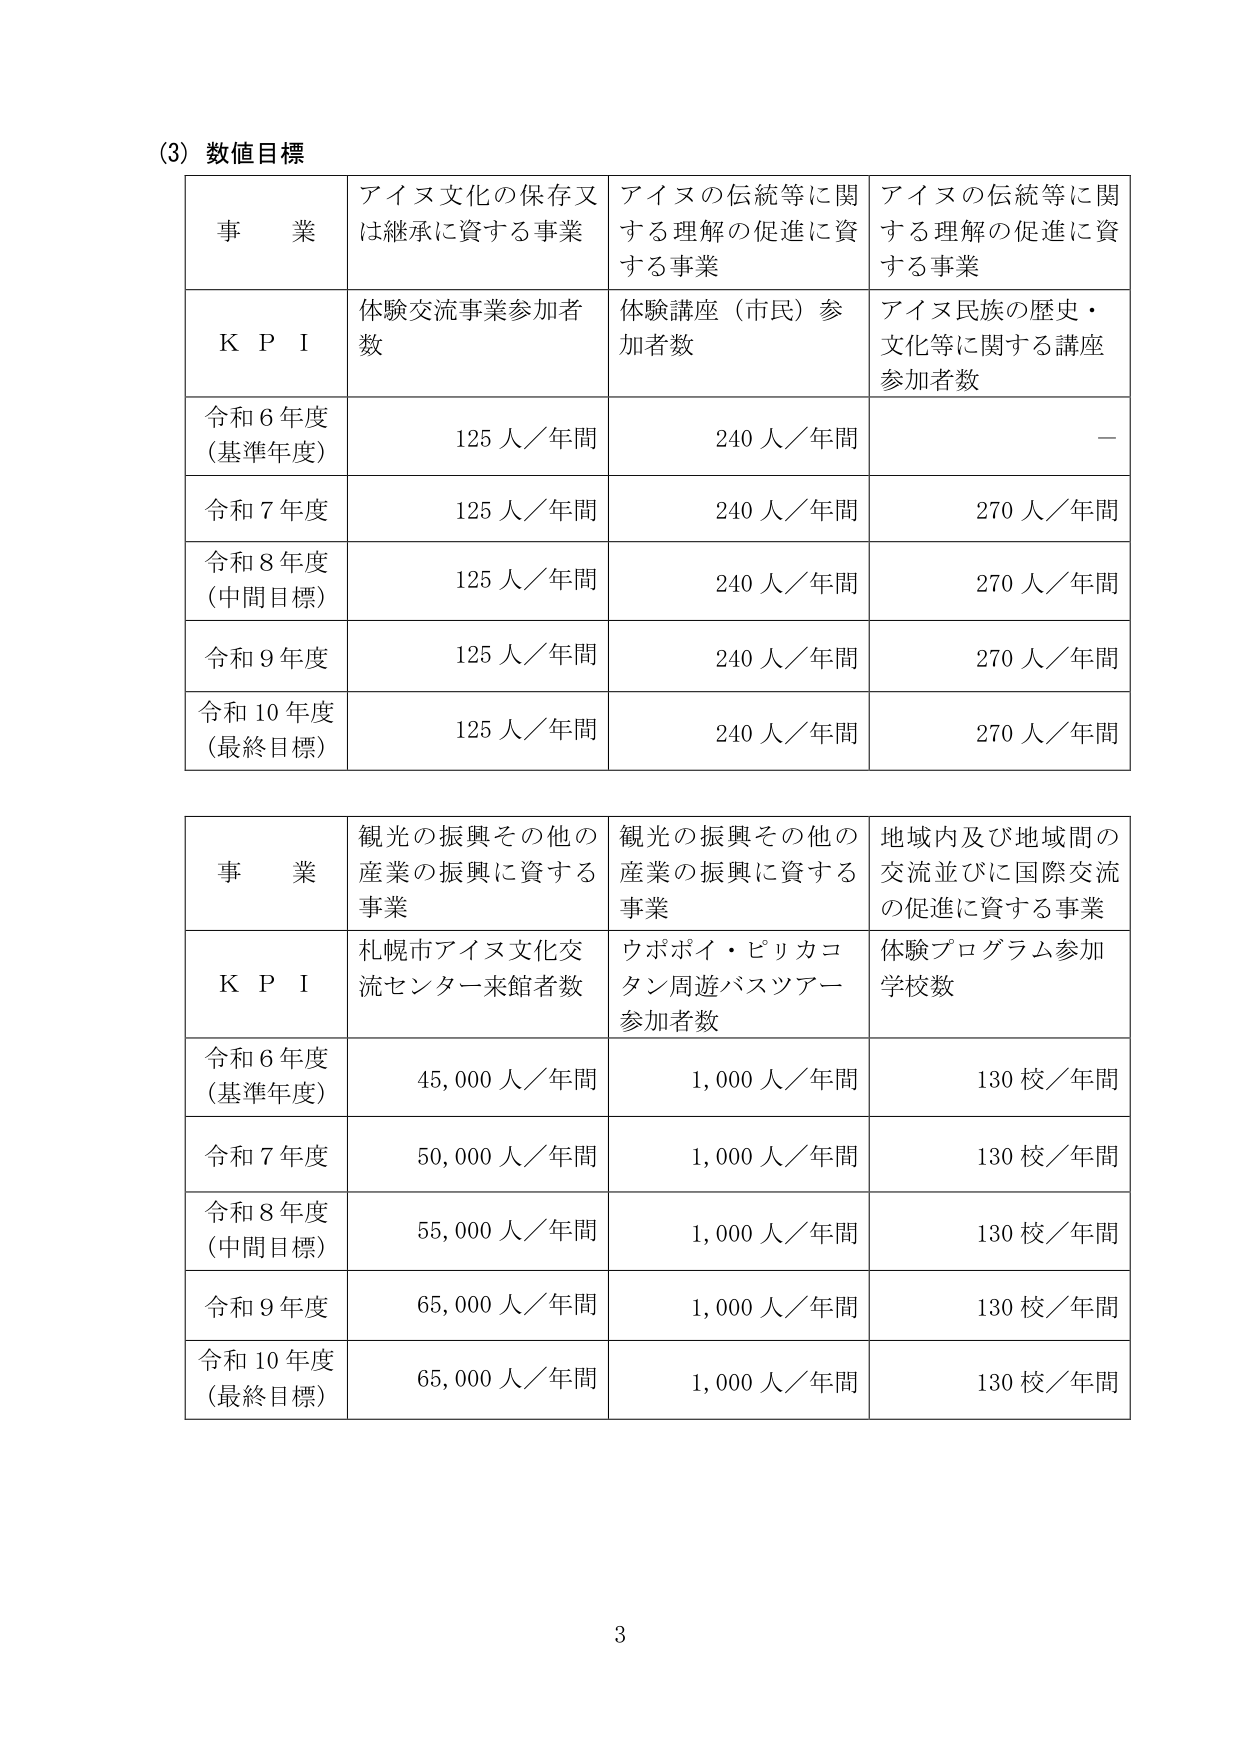
(3) 数値目標

事 業 アイヌ文化の保存又は継承に資する事業 アイヌの伝統等に関する理解の促進に資する事業 アイヌの伝統等に関する理解の促進に資する事業
K P I 体験交流事業参加者数 体験講座（市民）参加者数 アイヌ民族の歴史・文化等に関する講座参加者数
令和6年度（基準年度） 125人／年間 240人／年間 －
令和7年度 125人／年間 240人／年間 270人／年間
令和8年度（中間目標） 125人／年間 240人／年間 270人／年間
令和9年度 125人／年間 240人／年間 270人／年間
令和10年度（最終目標） 125人／年間 240人／年間 270人／年間

事 業 観光の振興その他の産業の振興に資する事業 観光の振興その他の産業の振興に資する事業 地域内及び地域間の交流並びに国際交流の促進に資する事業
K P I 札幌市アイヌ文化交流センター来館者数 ウポポイ・ピリカコタン周遊バスツアー参加者数 体験プログラム参加学校数
令和6年度（基準年度） 45,000人／年間 1,000人／年間 130校／年間
令和7年度 50,000人／年間 1,000人／年間 130校／年間
令和8年度（中間目標） 55,000人／年間 1,000人／年間 130校／年間
令和9年度 65,000人／年間 1,000人／年間 130校／年間
令和10年度（最終目標） 65,000人／年間 1,000人／年間 130校／年間

3